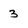
Character: 3